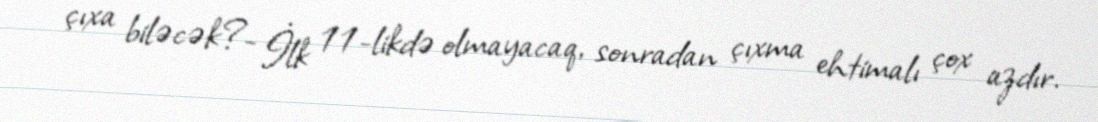
çıxa biləcək?- İlk 11-likdə olmayacaq, sonradan çıxma ehtimalı çox azdır.